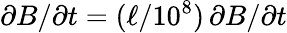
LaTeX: \partial B/\partial t=(\ell/10^{8})\, \partial B/\partial t